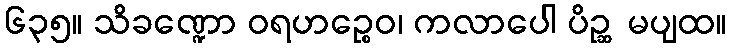
၆၃၅။ သိခဏ္ဍော ဝရဟဉ္စေဝ၊ ကလာပေါ ပိဉ္ဆ မပျထ။